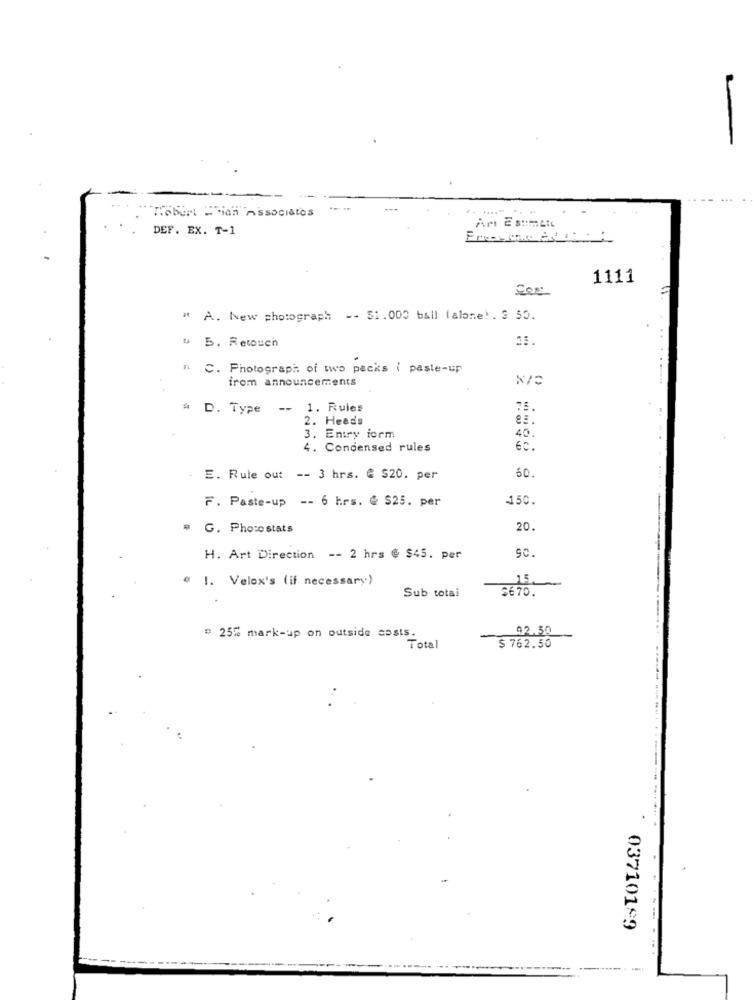
-
Robert Sich Associates
DEF. EX. T-1
1111
Cost
" A. New photograph -- $1. 000 ball (alone). 3 50.
& B. Retouch
" C. Photograph of two packs ( paste-up
irom announcements
# D. Type -- 1. Rules
2. Heads
3. Entry form
40.
4. Condensed rules
60.
60.
E. Rule out -- 3 hrs. @ $20. per
F. Paste-up -- 6 hrs. @ $25. per
150.
G. Photostats
20.
H. Art Direction -- 2 hrs @ $45. per
" 1. Velox's (if necessary)
Sub total
5670.
92.50
= 25% mark-up on outside costs.
Total
$ 762.50
037101-9